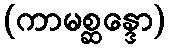
(ကာမစ္ဆန္ဒော)